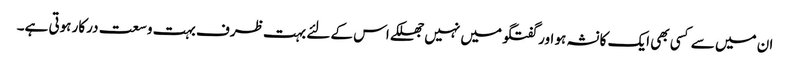
ان میں سے کسی بھی ایک کا نشہ ہو اور گفتگو میں نہیں جھلکے اس کے لئے بہت ظرف بہت وسعت درکار ہوتی ہے۔